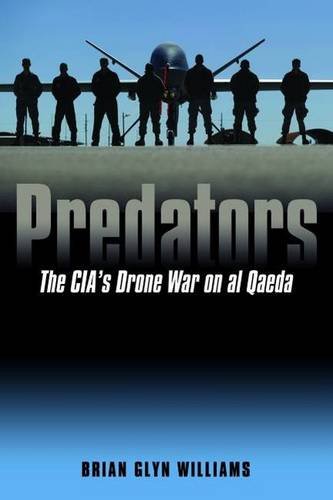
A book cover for Predators: The CIA's Drone War on al Qaeda; Brian Glyn Williams; History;